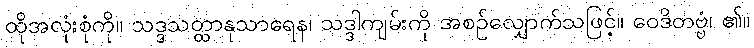
ထိုအလုံးစုံကို။ သဒ္ဒသတ္ထာနုသာရေန၊ သဒ္ဒါကျမ်းကို အစဉ်လျှောက်သဖြင့်။ ဝေဒိတဗ္ဗံ၊ ၏။